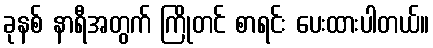
ခုနစ် နာရီအတွက် ကြိုတင် စာရင်း ပေးထားပါတယ်။